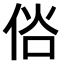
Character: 𠉇